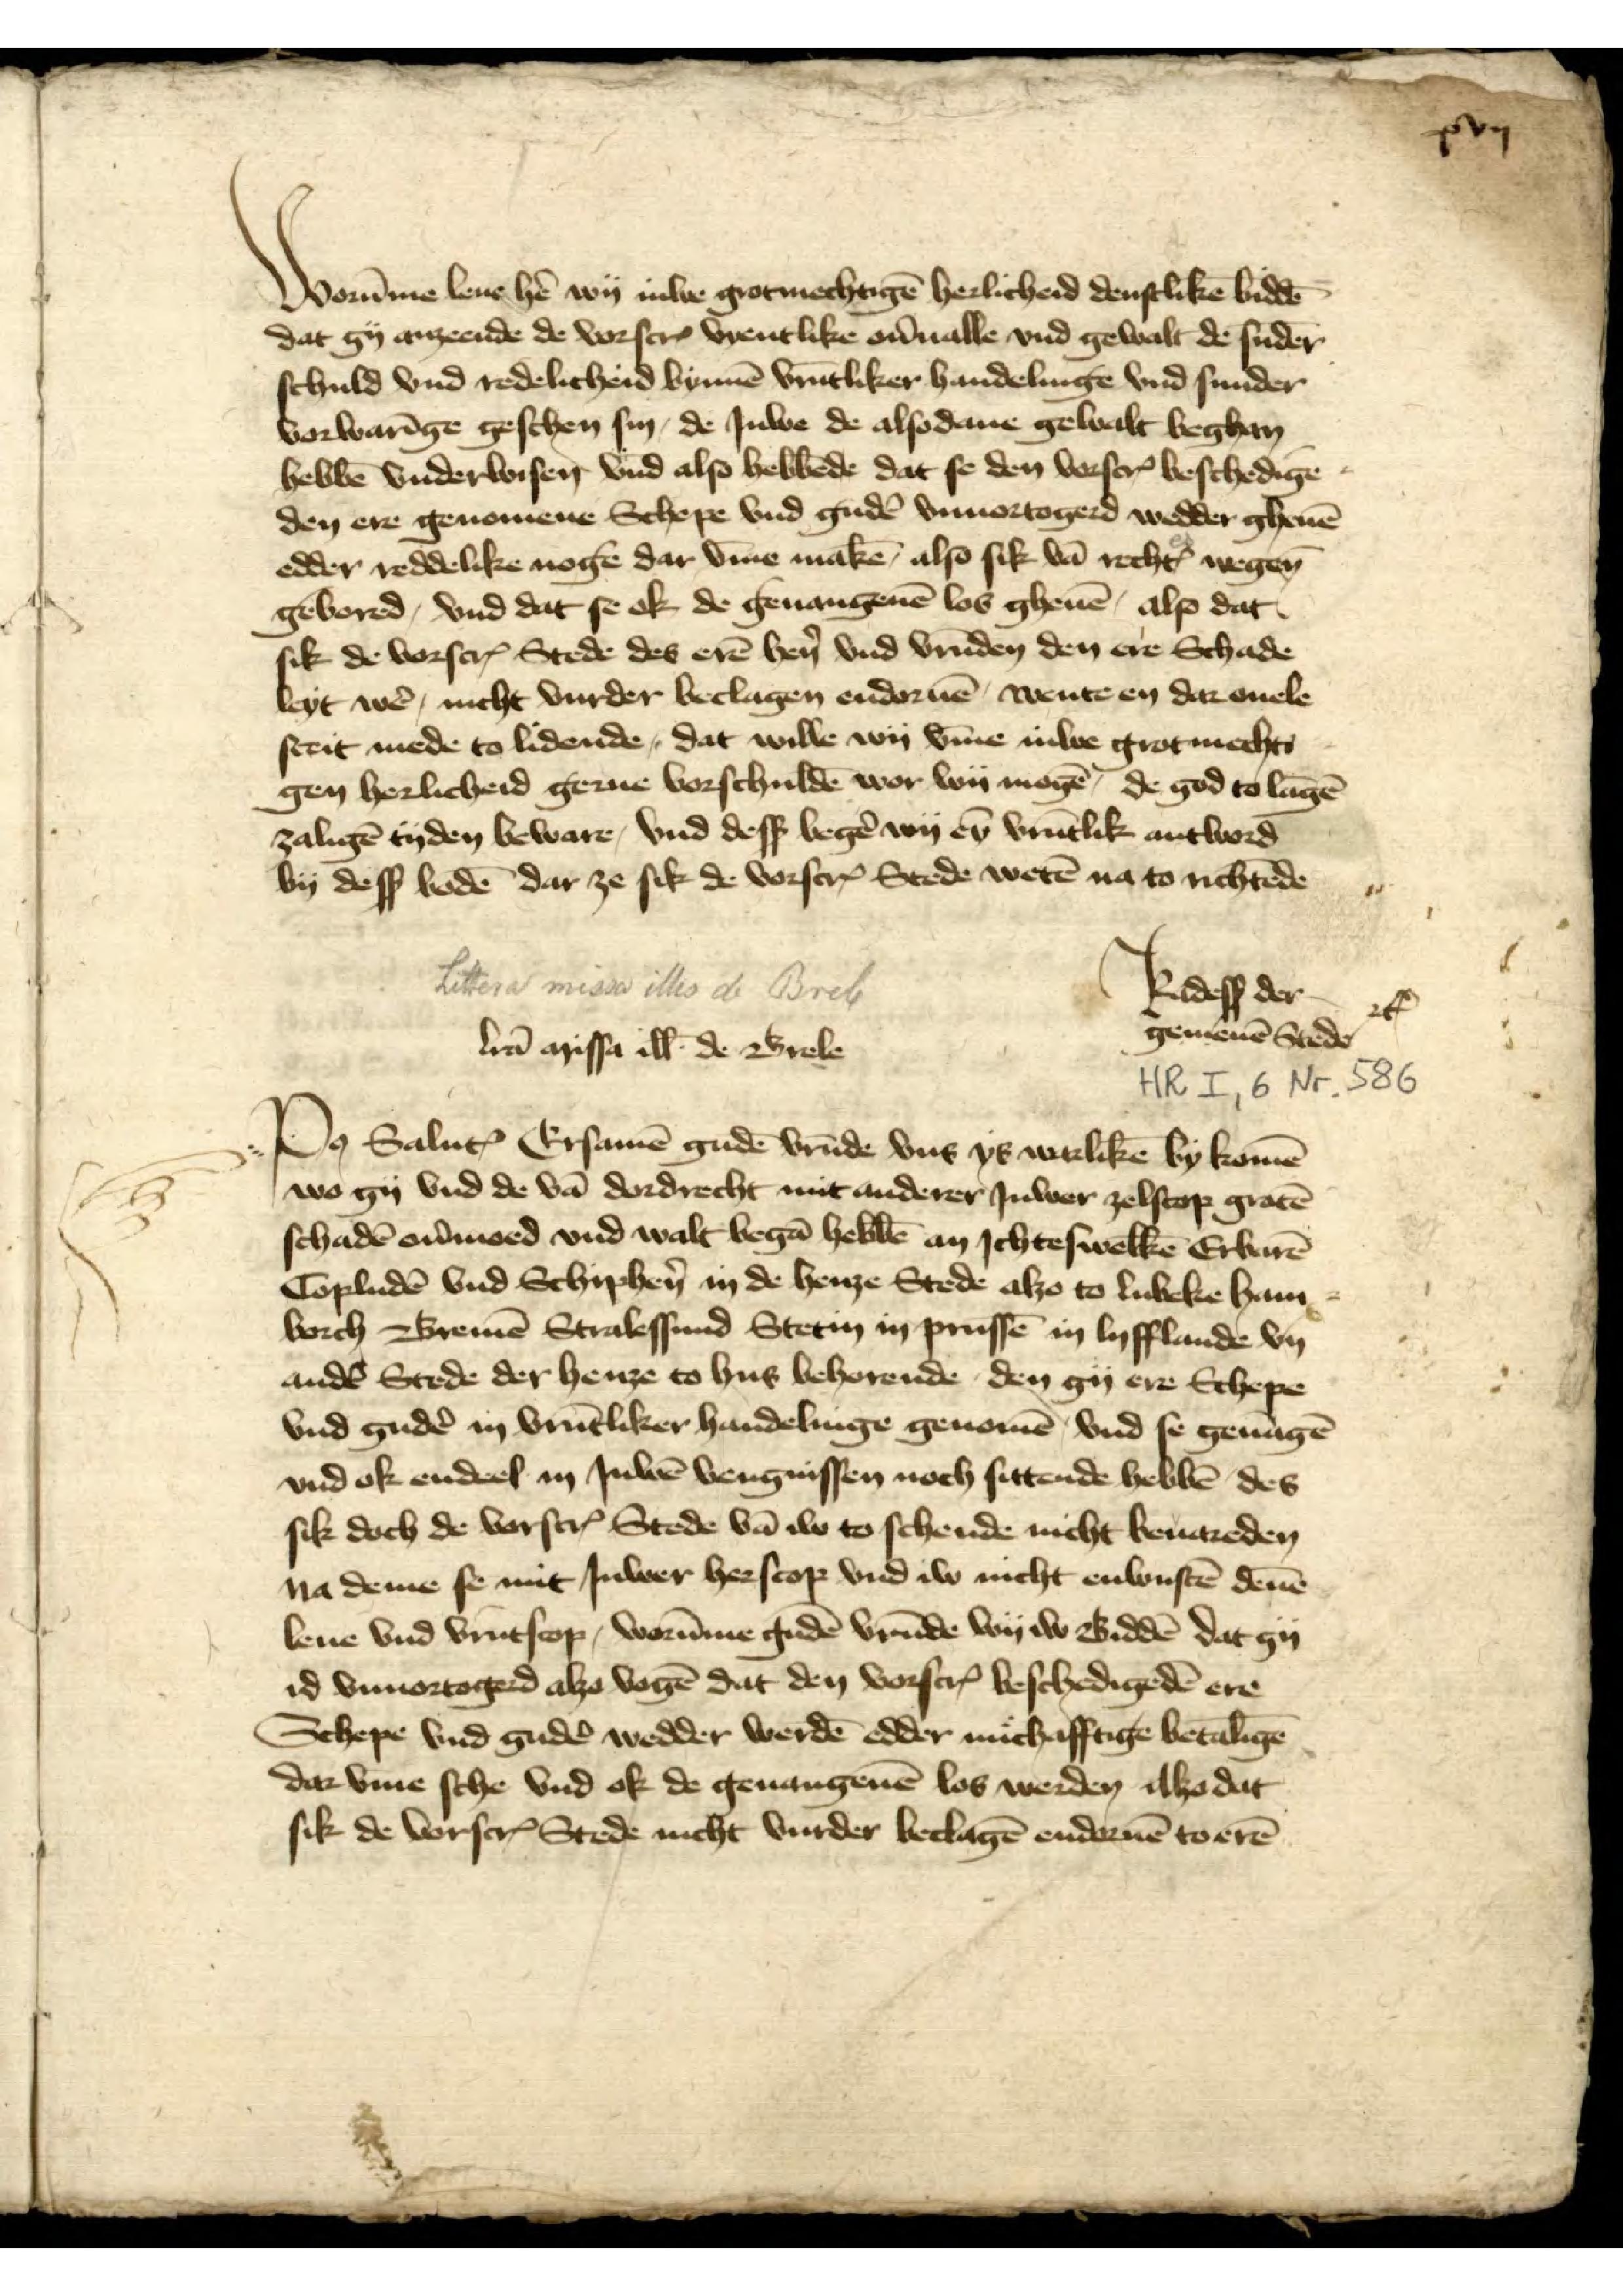
xvij

Worūme leue hẻ wy Juwe grotmechtigē herlicheid denstlikē biddē
dat gy anzeende de vorscrꝬ wentlike oủualle vnd gewalt de sūder
schuld vnd redelicheid binnē vrūtliker handelinge vnd sunder
vorwarīge geschen sin, de Juwe de also dene gewalt beghan
hebbē vnderwisen vnd also hebbēde dat so den vorscrꝬ beschedīg¬
den ere genomene Schepe vnd gudē vnuortogerd wedder gheuē
edder reddelike nogē dar v̄me makē, also sik vā rechtꝬ wegen
gebored, vnd dat se ok de geuangenē lob gheuē also dat
sik de vorscrꝬ Stede des erē hẻn vnd vrūden den ere Schade
leyt wẻ, nicht vurder beclagen endornē wente en dar ouele
steit mede to lidenden, dat wille wy v̄me Juwe grotmachti¬
gen herlicheid gerne vorschuldē wor wy mogē, de god to lāgē
zaligē tyden beware, vnd desß begẻ wy eȳ vrūtlik antword
by desß bodē dar ze sik de vorscrꝬ Stede werē na to richtēde

Radesß der
gemenen Stede

Vā missa ill̄ de Brele
Po̧ Saluꝷ Ersamē gudē vrūde vns ys warlikē by komē
wo gy vnd de vā dordrecht mit anderer Juwer zelscop grotē
schadē oủmoed vnd walt begā hebbē an Jchteswelkē Erbarē
Copludē vnd Schiphẻn in de henze Stede alzo to Lubeke Ham¬
borch Bremē Stralessund Stetin in Prussē in Lyfflande by
andẻ Stede der henze to vns behorende den gy ere Schepe
vnd gudẻ in vrūtliker handelinge genomē vnd se geuāgē
vnd ok endeel in Juwē vengnissen nich sittende hebbē des
sik doch de vorscrꝬ Stede vā iw schende nicht beuareden
na deme se mit Juwer herscop vnd iw nicht enwustē dēne
leue vnd vrūtscop. worūme gudē vrūde wy iw Biddē dat gy
id vnuortogerd alzo vogē dat den vorscrꝬ beschedigedē ere
Schepe vnd gudē wedder werdē edder michafftige betalīge
dar vme sche vnd ok de geuangenē los werden Alzo dat
sik de vorscrꝬ Stede nicht vurder beclagē endoruē to erē